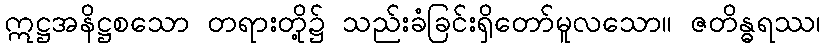
ဣဋ္ဌအနိဋ္ဌစသော တရားတို့၌ သည်းခံခြင်းရှိတော်မူလသော။ ဇတိန္ဓရဿ၊